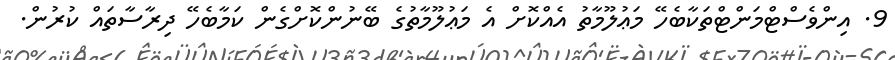
9. އިންވެސްޓްމަންޓްތަކާބެހޭ މަޢުލޫމާތު އެއްކޮށް އެ މަޢުލޫމާތުގެ ބޭނުންކޮށްގެން ކަމާބެހޭ ދިރާސާތައް ކުރުން.